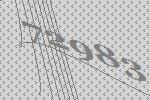
72983